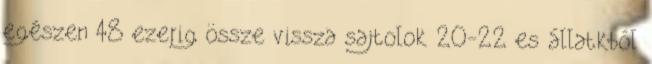
egészen 48 ezerig össze vissza sajtolok 20-22 es állatkból